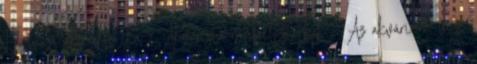
Édesvizi akvarisztika - Akvarista műhelytitkok - Az akvárium vize